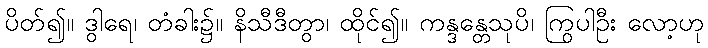
ပိတ်၍။ ဒွါရေ၊ တံခါး၌။ နိသီဒီတွာ၊ ထိုင်၍။ ကန္ဒန္တေသုပိ၊ ကြွပါဦး လော့ဟု